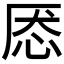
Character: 𰑕